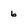
Character: 6